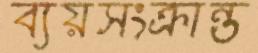
ব্যয়সংক্রান্ত